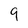
Character: 9